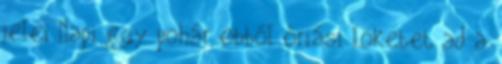
jelei Napi egy pohár ebből óriási löketet ad a